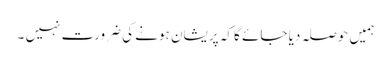
ہمیں حوصلہ دیا جائے گا کہ پریشان ہونے کی ضرورت نہیں ۔